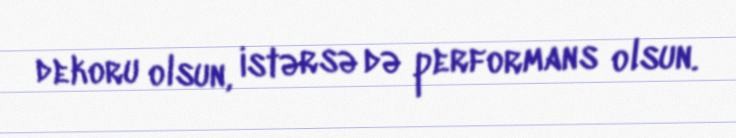
dekoru olsun, istərsə də performans olsun.